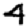
Digit: 4